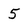
Character: 5